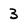
Character: 3